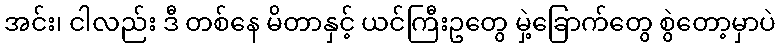
အင်း၊ ငါလည်း ဒီ တစ်နေ မိတာနှင့် ယင်ကြီးဥတွေ မှဲ့ခြောက်တွေ စွဲတော့မှာပဲ